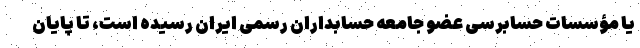
یا مؤسسات حسابرسی عضو جامعه حسابداران رسمی ایران رسیده ­است، تا پایان